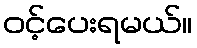
ဝင့်ပေးရမယ်။